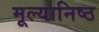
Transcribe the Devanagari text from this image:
मूल्यानिष्ठ